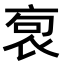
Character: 𧙎